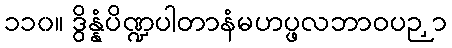
၁၁၀။ ဒွိန္နံပိဏ္ဍပါတာနံမဟပ္ဖလဘာဝပဉှာ